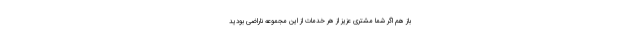
باز هم اگر شما مشتری عزیز از هر خدمات از این مجموعه ناراضی بودید